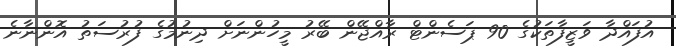
އުފައްދާ ވަޒީފާތަކުގެ 90 ޕަސެންޓް ރާއްޖޭން ބޭރު މީހުންނަށް ދިނުމުގެ ފުރުސަތު އޮންނާނެ